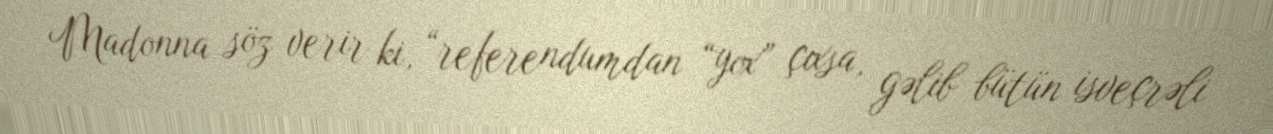
Madonna söz verir ki, “referendumdan “yox” çıxsa, gəlib bütün isveçrəli